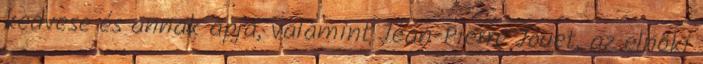
kedvese és annak apja, valamint Jean-Pierre Jouet, az elnöki